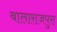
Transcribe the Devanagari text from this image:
बालाराजपुरा